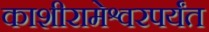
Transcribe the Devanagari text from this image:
काशीरामेश्वरपर्यंत